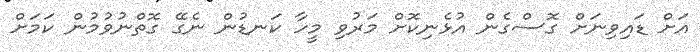
އަށް ޑައިވިނަށް ގޮސްގެން އުޅެނިކޮށް މަރުވި މީހާ ކަނޑުން ނެގޭ ގޮތްނުވުމުން ކަމަށް